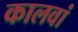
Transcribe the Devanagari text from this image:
कालवां